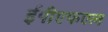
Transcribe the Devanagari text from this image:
ईपीएफएल